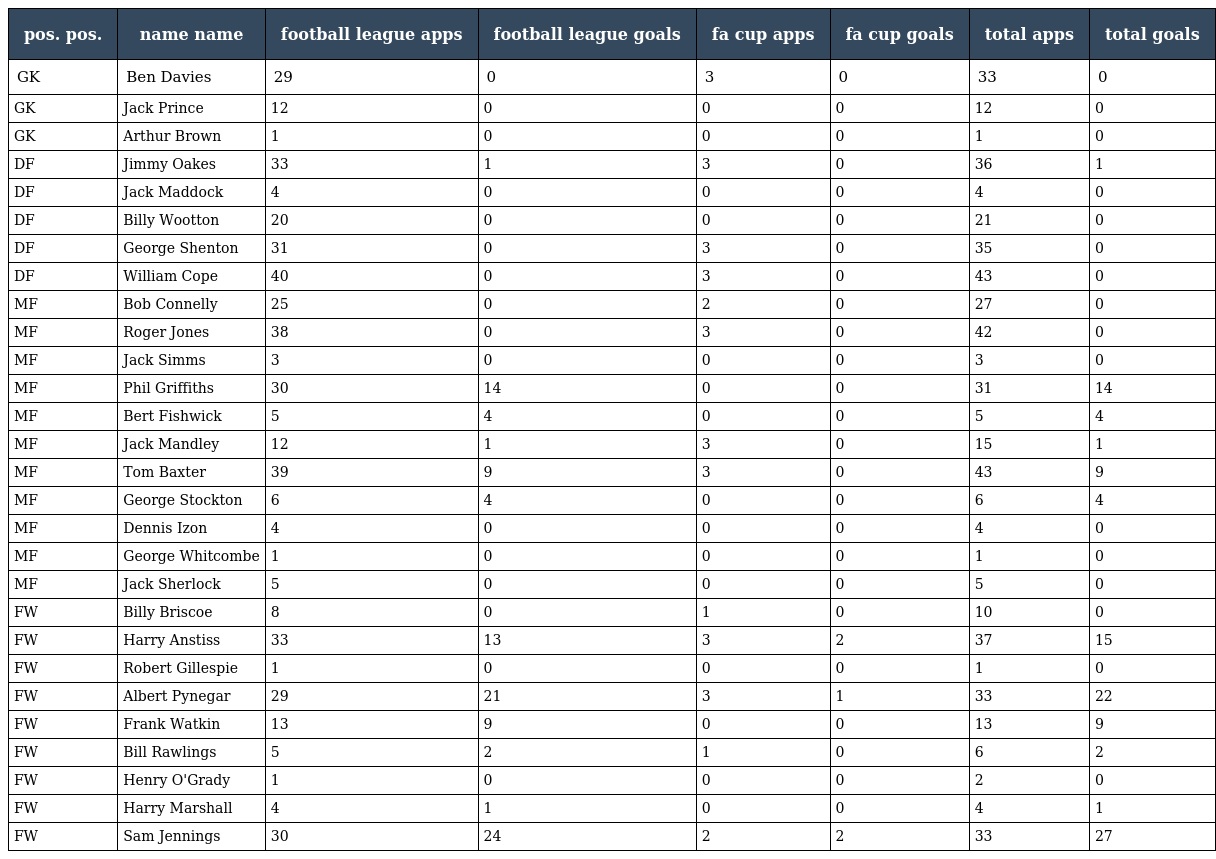
| pos. pos. | name name | football league apps | football league goals | fa cup apps | fa cup goals | total apps | total goals |
 | --- | --- | --- | --- | --- | --- | --- | --- |
 | GK | Ben Davies | 29 | 0 | 3 | 0 | 33 | 0 |
 | GK | Jack Prince | 12 | 0 | 0 | 0 | 12 | 0 |
 | GK | Arthur Brown | 1 | 0 | 0 | 0 | 1 | 0 |
 | DF | Jimmy Oakes | 33 | 1 | 3 | 0 | 36 | 1 |
 | DF | Jack Maddock | 4 | 0 | 0 | 0 | 4 | 0 |
 | DF | Billy Wootton | 20 | 0 | 0 | 0 | 21 | 0 |
 | DF | George Shenton | 31 | 0 | 3 | 0 | 35 | 0 |
 | DF | William Cope | 40 | 0 | 3 | 0 | 43 | 0 |
 | MF | Bob Connelly | 25 | 0 | 2 | 0 | 27 | 0 |
 | MF | Roger Jones | 38 | 0 | 3 | 0 | 42 | 0 |
 | MF | Jack Simms | 3 | 0 | 0 | 0 | 3 | 0 |
 | MF | Phil Griffiths | 30 | 14 | 0 | 0 | 31 | 14 |
 | MF | Bert Fishwick | 5 | 4 | 0 | 0 | 5 | 4 |
 | MF | Jack Mandley | 12 | 1 | 3 | 0 | 15 | 1 |
 | MF | Tom Baxter | 39 | 9 | 3 | 0 | 43 | 9 |
 | MF | George Stockton | 6 | 4 | 0 | 0 | 6 | 4 |
 | MF | Dennis Izon | 4 | 0 | 0 | 0 | 4 | 0 |
 | MF | George Whitcombe | 1 | 0 | 0 | 0 | 1 | 0 |
 | MF | Jack Sherlock | 5 | 0 | 0 | 0 | 5 | 0 |
 | FW | Billy Briscoe | 8 | 0 | 1 | 0 | 10 | 0 |
 | FW | Harry Anstiss | 33 | 13 | 3 | 2 | 37 | 15 |
 | FW | Robert Gillespie | 1 | 0 | 0 | 0 | 1 | 0 |
 | FW | Albert Pynegar | 29 | 21 | 3 | 1 | 33 | 22 |
 | FW | Frank Watkin | 13 | 9 | 0 | 0 | 13 | 9 |
 | FW | Bill Rawlings | 5 | 2 | 1 | 0 | 6 | 2 |
 | FW | Henry O'Grady | 1 | 0 | 0 | 0 | 2 | 0 |
 | FW | Harry Marshall | 4 | 1 | 0 | 0 | 4 | 1 |
 | FW | Sam Jennings | 30 | 24 | 2 | 2 | 33 | 27 |